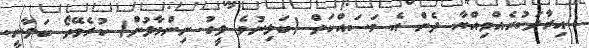
އިރާދަކުރެއްވިއްޔާ ދެން އެ މަސައްކަތް (ބަލިނުވެ ލީގު ނިންމާލުން) ކުރެވޭތޯ ބަލާނީ.